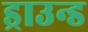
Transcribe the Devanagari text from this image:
ड्राउन्ड